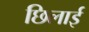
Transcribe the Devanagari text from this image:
छिलाई